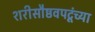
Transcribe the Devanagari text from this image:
शरीसौष्ठवपटूंच्या